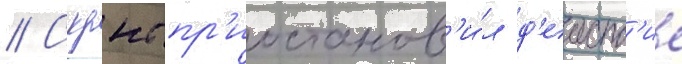
// Скрнс пр'иостанов'и́л д'еиств'ие